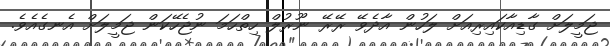
ޖަމީލަށް ގާޑިއާކައިރިއަށް ލަހުން އާދެވޭ ރޭރޭ ނޫރުލް ހިތްހަމަ ނުޖެހޭކަން ޖަމީލަށް އެނގެއެވެ.